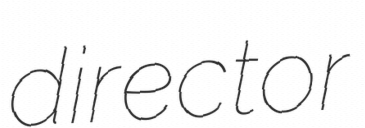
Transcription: director